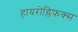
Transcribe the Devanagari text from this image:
हायरोग्लिफक्स